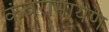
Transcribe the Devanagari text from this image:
कंबरामायण